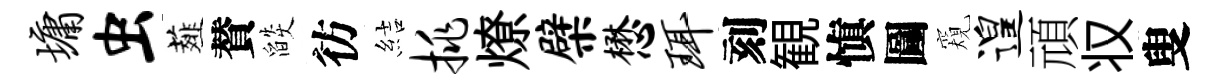
墉虫薤賛燄彷結挑燎檗懋珥刻観愼圖窺遑頑𠬧叟